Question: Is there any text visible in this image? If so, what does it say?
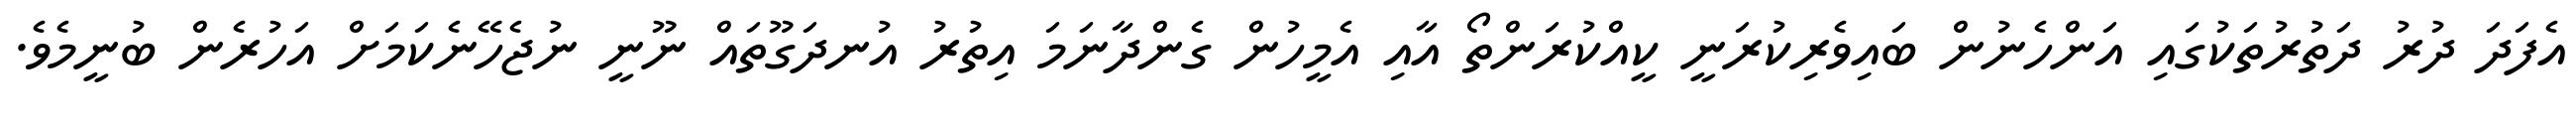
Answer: އެފަދަ ދުރު ދަތުރުތަކުގައި އަންހެނުން ބައިވެރިކުރަނީ ކީއްކުރަންތޯ އާއި އެމީހުން ގެންދާނަމަ އިތުރު އުނދަގޫތައް ނޫނީ ނުޖެހޭނެކަމަށް އަހުރެން ބުނީމެވެ.